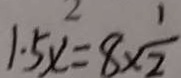
1 . 5 x = 8 \times \frac { 1 } { 2 }